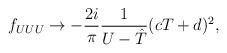
LaTeX: \begin{align*}f_{UUU} \rightarrow - \frac{2i}{\pi} \frac{1}{U -{\hat T}}( cT + d)^2,\end{align*}